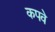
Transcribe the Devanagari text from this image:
कपवे